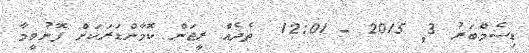
ޑިސެމްބަރު 3